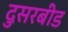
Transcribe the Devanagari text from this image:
दुसरबीड